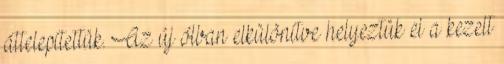
áttelepítettük. Az új ólban elkülönítve helyeztük el a kezelt